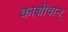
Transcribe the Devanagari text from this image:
काक्षीवान्